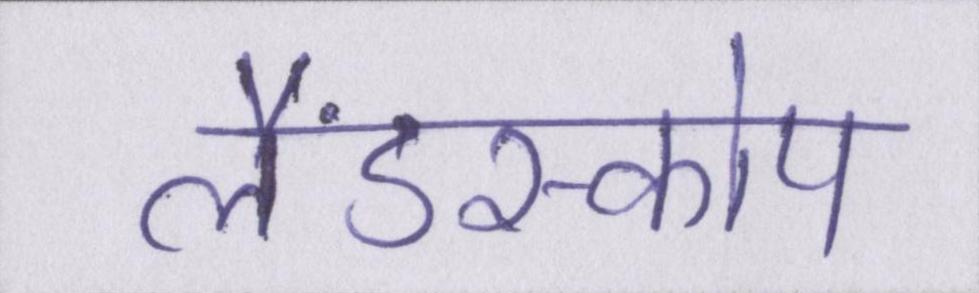
लैंडस्कोप